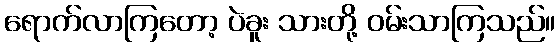
ရောက်လာကြတော့ ပဲခူး သားတို့ ဝမ်းသာကြသည်။